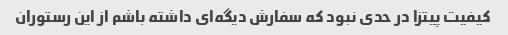
کیفیت پیتزا در حدی نبود که سفارش دیگه‌ای داشته باشم از این رستوران